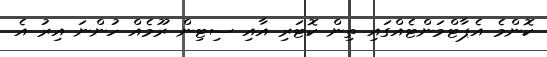
ކޮންމެ އެޕާޓްމަންޓެއްގައި ތިން ކޮޓަރި އާއި ސިޓިން ރޫމެއް ހުންނަ އިރު އެ